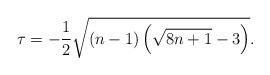
LaTeX: \begin{align*}\tau=-\frac{1}{2}\sqrt{(n-1)\left(\sqrt{8n+1}-3\right)}. \end{align*}